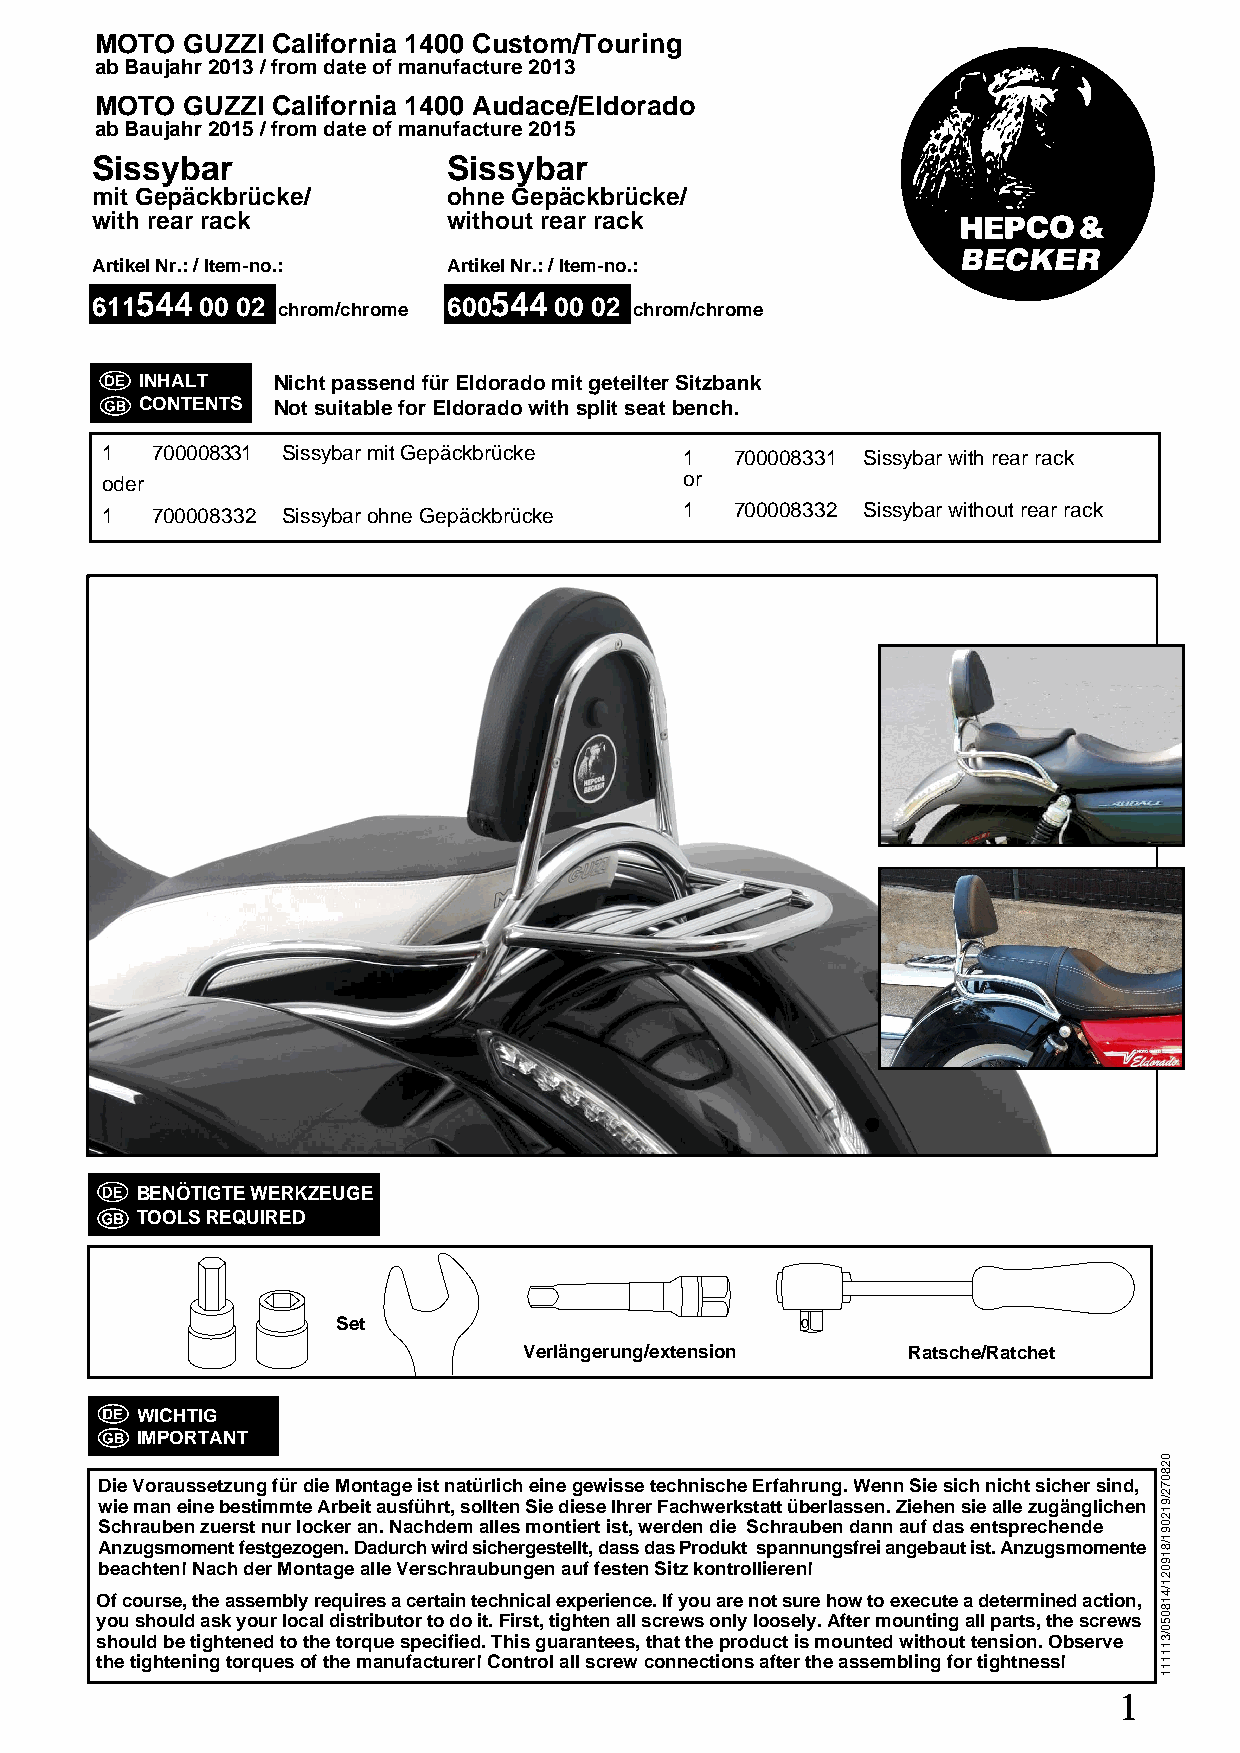
MOTO  GUZZI California 1400 Custom/Touring
 ab Baujahr 2013 / from date of manufacture 2013
 MOTO  GUZZI California 1400 Audace/Eldorado
 ab Baujahr 2015 / from date of manufacture 2015
 Sissybar                Sissybar
 mit Gepäckbrücke/       ohne Gepäckbrücke/
 with rear rack          without rear rack
 Artikel Nr.: / Item-no.: Artikel Nr.: / Item-no.:
 611544 00 02 chrom/chrome 600544 00 02 chrom/chrome
 INHALT   Nicht passend für Eldorado mit geteilter Sitzbank
 CONTENTS Not suitable for Eldorado with split seat bench.
 1  700008331 Sissybar mit Gepäckbrücke 1  700008331 Sissybar with rear rack
 oder                                  or
 1  700008332 Sissybar ohne Gepäckbrücke 1 700008332 Sissybar without rear rack
 BENÖTIGTE WERKZEUGE
 TOOLS REQUIRED
 Set
 Verlängerung/extension   Ratsche/Ratchet
 WICHTIG
 IMPORTANT
 Die Voraussetzung für die Montage ist natürlich eine gewisse technische Erfahrung. Wenn Sie sich nicht sicher sind,wie man eine bestimmte Arbeit ausführt, sollten Sie diese Ihrer Fachwerkstatt überlassen. Ziehen sie alle zugänglichenSchrauben zuerst nur locker an. Nachdem alles montiert ist, werden die Schrauben dann auf das entsprechendeAnzugsmoment festgezogen. Dadurch wird sichergestellt, dass das Produkt spannungsfrei angebaut ist. Anzugsmomentebeachten! Nach der Montage alle Verschraubungen auf festen Sitz kontrollieren!
 Of course, the assembly requires a certain technical experience. If you are not sure how to execute a determined action,you should ask your local distributor to do it. First, tighten all screws only loosely. After mounting all parts, the screwsshould be tightened to the torque specified. This guarantees, that the product is mounted without tension. Observe
 the tightening torques of the manufacturer! Control all screw connections after the assembling for tightness!
 1
 028072/912091/819021/418050/311111